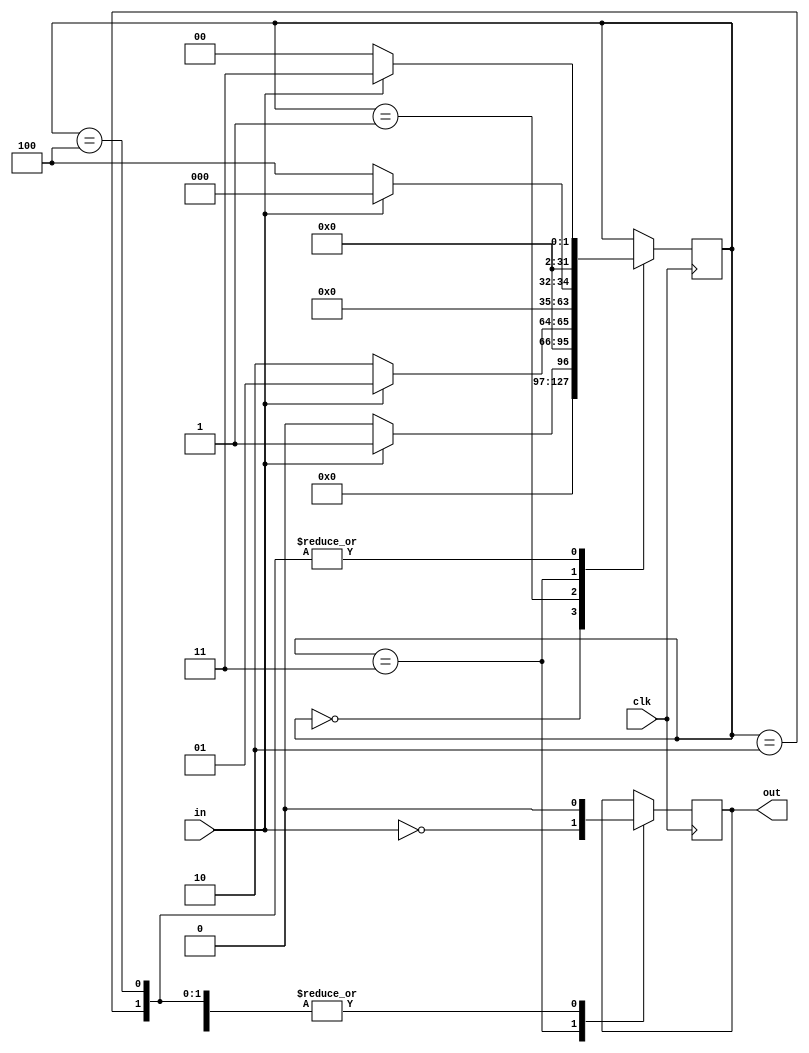
module fsm_1010(
    input clk,
    input in,
    output reg out = 0
    );

	 integer state = 0;
	 /*state1010
	 state=0; 10state<=2*/

	 always @(posedge clk) begin
		case (state)
		0:
			begin
				state <= in == 1 ? 1 : 0;
				out <= 0;
			end
		1:
			begin
				state <= in == 1 ? 1 : 2;
				out <= 0;
			end
		2:
			begin
				state <= in == 1 ? 3 : 0;
				out <= 0;
			end
		3:
			begin
				state <= in == 1 ? 0 : 4;
				out <= (in == 0);
			end
		4:
			begin
				state <= in == 1 ? 3 : 0;
				out <= 0;
			end
		endcase
	 end
endmodule